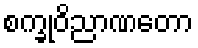
စက္ခုဝိညာဏတော